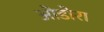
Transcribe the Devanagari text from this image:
ओडोरा